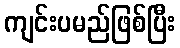
ကျင်းပမည်ဖြစ်ပြီး